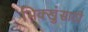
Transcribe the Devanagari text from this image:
भिक्खुंसाठी